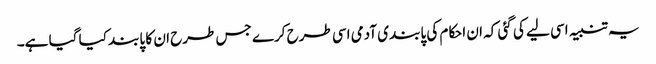
یہ تنبیہ اسی لیے کی گئی کہ ان احکام کی پابندی آدمی اسی طرح کرے جس طرح ان کا پابند کیا گیا ہے۔